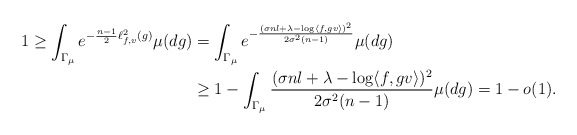
\begin{align*}1 \geq \int_{\Gamma_{\mu}} e^{- \frac{n-1}{2} \ell^2_{f,v}(g) } \mu(dg)& = \int_{\Gamma_{\mu}} e^{ - \frac{( \sigma n l + \lambda - \log \langle f, gv \rangle)^2}{2 \sigma^2 (n-1)}} \mu(dg) \\& \geq 1 - \int_{\Gamma_{\mu}} \frac{( \sigma n l + \lambda - \log \langle f, gv \rangle)^2}{2 \sigma^2 (n-1)} \mu(dg) = 1 - o(1). \end{align*}